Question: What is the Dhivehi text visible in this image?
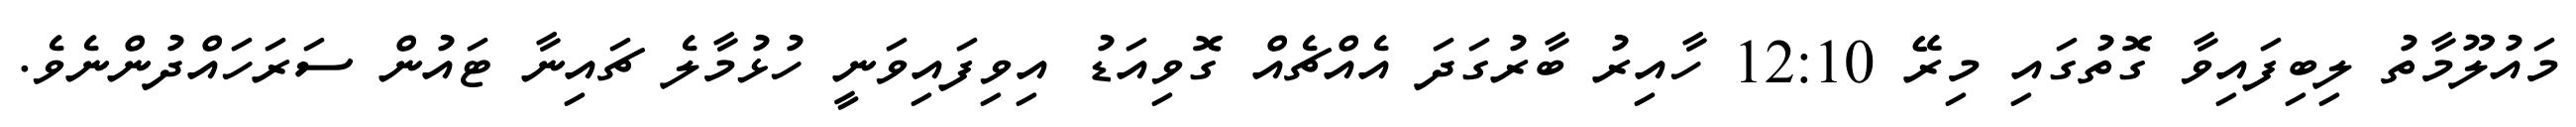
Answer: މައުލޫމާތު ލިބިފައިވާ ގޮތުގައި މިރޭ 12:10 ހާއިރު ބާރުގަދަ އެއްޗެއް ގޮވިއަޑު އިވިފައިވަނީ ހުޅުމާލެ ޗައިނާ ޓައުން ސަރަހައްދުންނެވެ.